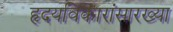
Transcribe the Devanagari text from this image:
हृदयविकारांसारख्या